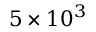
5 \times 1 0 ^ { 3 }